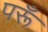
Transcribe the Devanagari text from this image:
परूँ